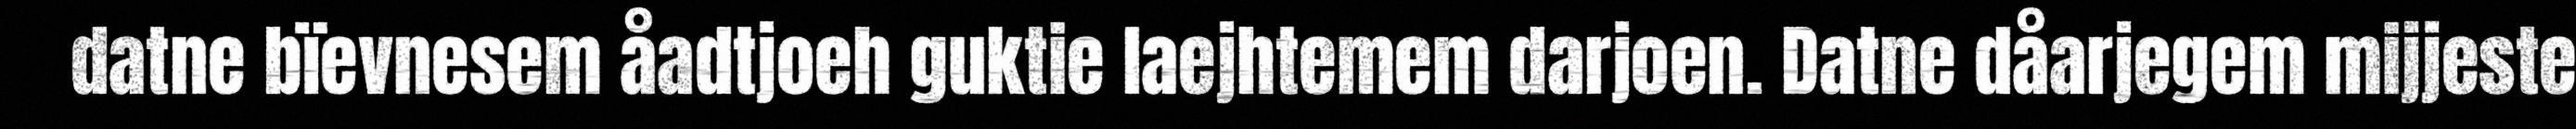
datne bïevnesem åadtjoeh guktie laejhtemem darjoen. Datne dåarjegem mijjeste